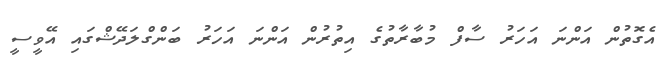
އެގޮތުން އަންނަ އަހަރު ސާފް މުބާރާތުގެ އިތުރުން އަންނަ އަހަރު ބަންގްލަދޭޝްގައި އޭވީސީ